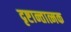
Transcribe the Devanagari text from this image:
दृष्टान्तात्मक